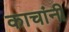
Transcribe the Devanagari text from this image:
काचांनी